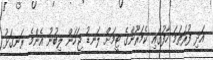
އަދި ފުރަތަމަ ހާފުގައި ކެމަރޫންގެ ޓީމަށް ލަނޑު ޖަހަން ލިބުނު އެންމެ ރަނގަޅު